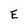
Character: E